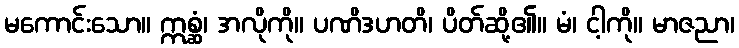
မကောင်းသော။ ဣစ္ဆံ၊ အလိုကို။ ပဏိဒဟတိ၊ ပိတ်ဆို့၏။ မံ၊ ငါ့ကို။ မာဇညာ၊